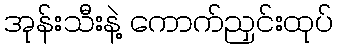
အုန်းသီးနဲ့ ကောက်ညှင်းထုပ်